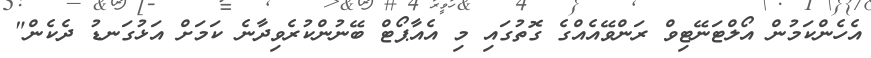
އެހެންކަމުން އޯލްޓަނޭޓިވް ރަންވޭއެއްގެ ގޮތުގައި މި އެއާޕޯޓް ބޭނުންކުރެވިދާނެ ކަމަށް އަޅުގަނޑު ދެކެން"